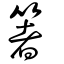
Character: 箸